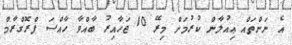
އެ ނަންތައް ޢިއުލާން ކުރުމަށް މިރޭ 10 ޖަހާއިރު ބާއްވާ ހާއްސަ ޕްރޮގްރާމް